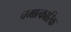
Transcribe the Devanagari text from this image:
चमात्कारिक